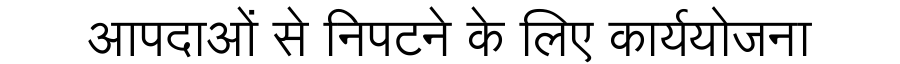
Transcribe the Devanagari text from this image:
आपदाओं से निपटने के लिए कार्ययोजना